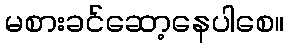
မစားခင်ဆော့နေပါစေ။